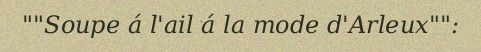
""Soupe á l'ail á la mode d'Arleux"":